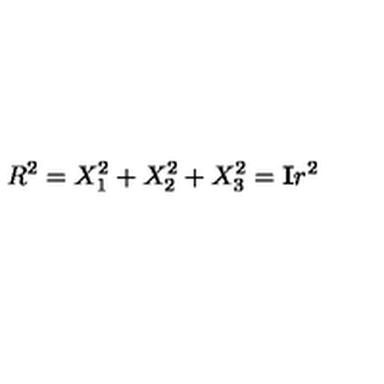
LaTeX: R ^ { 2 } = X _ { 1 } ^ { 2 } + X _ { 2 } ^ { 2 } + X _ { 3 } ^ { 2 } = \mathbf { I } r ^ { 2 }